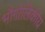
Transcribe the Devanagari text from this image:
भौगोलिकीय